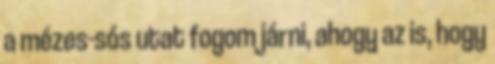
a mézes-sós utat fogom járni, ahogy az is, hogy